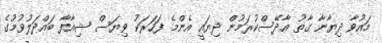
މައުވާ ދިޔާނާ ގާތު އާދޭސްކުރަމުން ދިޔައީ އެންމެ ފަހަރަކު ވިޔަސް ޝިއާފާ ބައްދަލުވުމުގެ